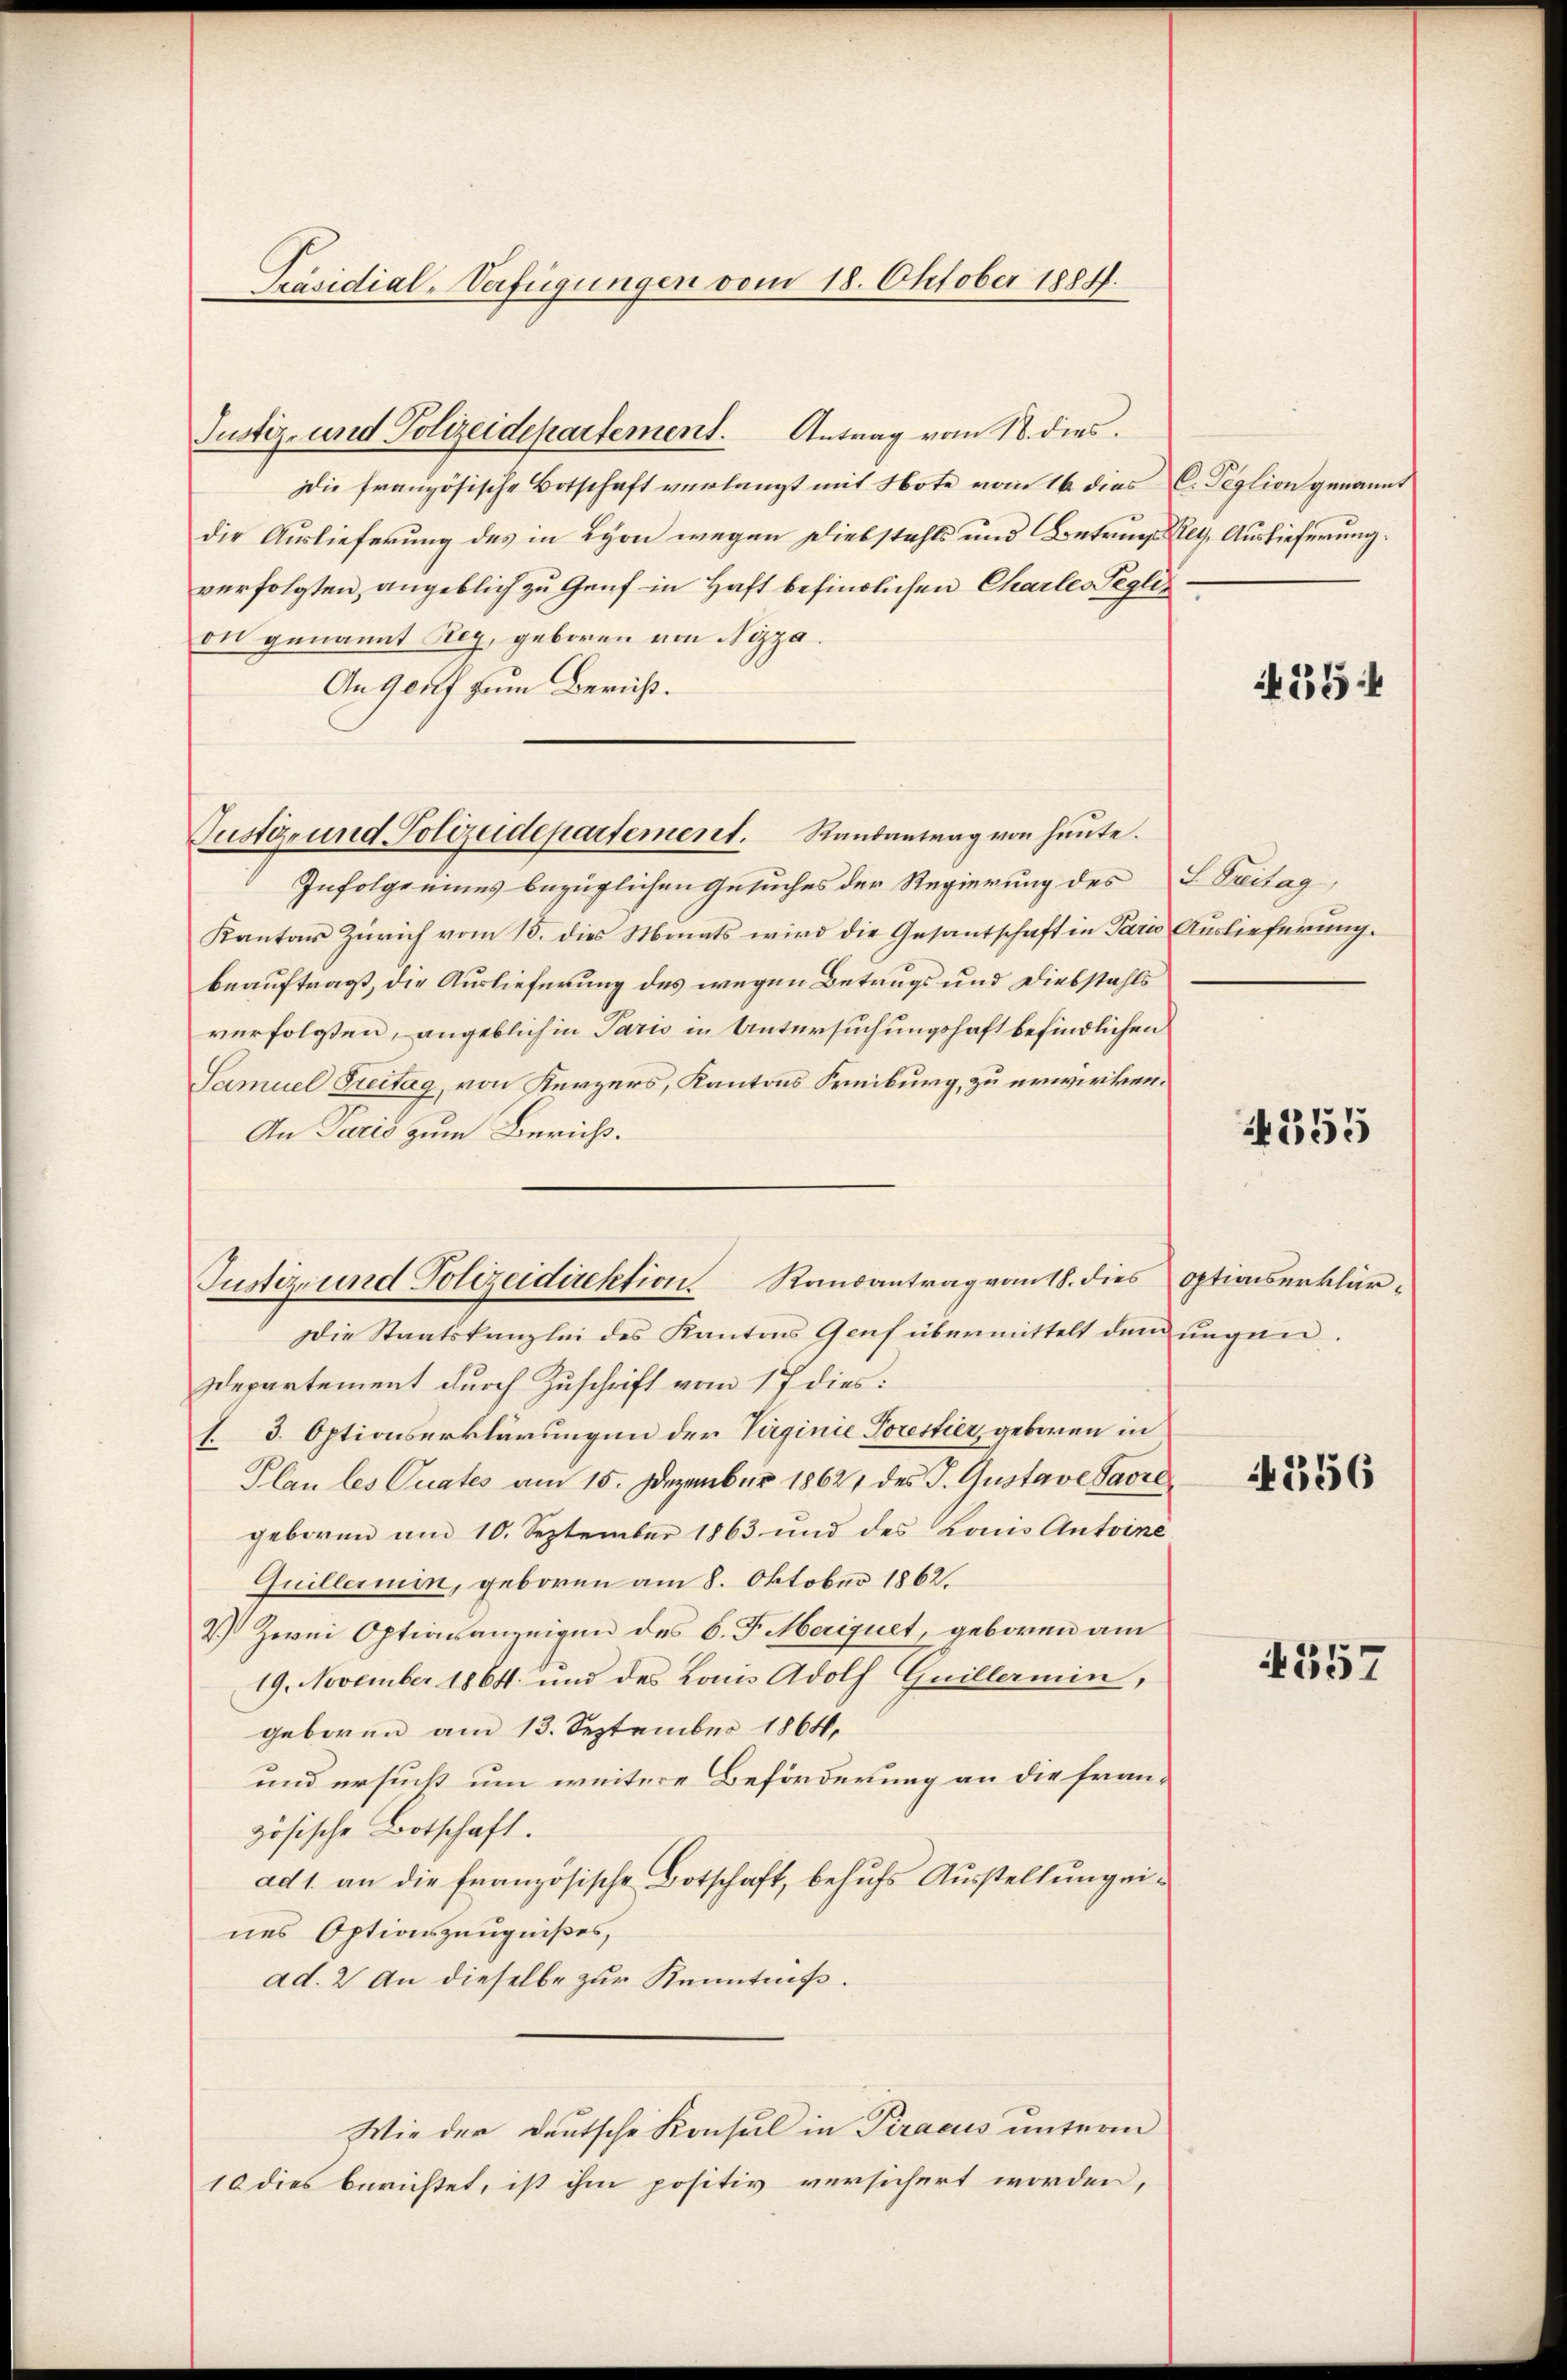
Präsidial-Verfügungen vom 18. Oktober 1884.

Die französische Botschaft verlangt mit Note vom 16 dies C. Peglion genannt
die Auslieferung des in Lyon wegen Diebstahls und Betrug
verfolgten, angeblich zu Genf in Haft befindlichen Charles Peglion genannt Rey, geboren von Nizza.
Angert zum Bericht.
Infolge eines bezüglichen Gesuches der Regierung des
Kanton Zürich vom 13. dies Monats wird die Gesantschaft in Paris Auslieferung.
beauftragt, die Auslieferung des wegen Betrugs und Diebstahls
verfolgten, angeblich in Paris in Untersuchungshaft befindlichen
Samuel Freitag, von Kerzers, Kantons Freiburg, zu erwirken.
An Paris zum Bericht.
Die Staatskanzlei des Kantons Genf übermittelt dem ungen.
Departement durch Zuschrift vom 17 dies:
[. 3. Optionserklärungen der Virginie Porestier, geboren in
Plan les Quates am 15. Dezember 18621 des J. Gustave Savel
geboren am 10. September 1863 und des Lois Antoine
Guillermin, geboren am 8. Oktober 1862.
2.) Zwei Optionsanzeigen des C. F. Meriquet, geboren am
19. November 1864 und des Lonis Adolf Guillermin,
geboren am 13. September 18616.
und ersucht um weitere Beförderung an die französische Botschaft.
ad 1. an die französische Botschaft, behufs Ausstellung eines Optionszeugnißes,
ad. 2. An dieselbe zur Kenntniß.
Wie der Deutsche Konsul in Piracus unterm
10 dies berichtet, ist ihm positiv versichert worden,

Justiz- und Polizeidepartement. Antrag vom 18. dies

Justiz- und Polizeidepartement. Raŭsantrag von heŭte.

Justiz und Polizeidirektion Rausantrag vom 18. dies optionserklär¬

Reg. Auslieferung.

354

S Freitag,

4355

356

4357